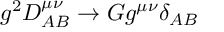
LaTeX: g ^ { 2 } D _ { A B } ^ { \mu \nu } \rightarrow G g ^ { \mu \nu } \delta _ { A B }